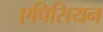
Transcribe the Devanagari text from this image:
एपिसियन